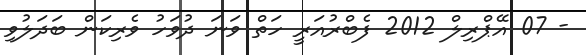
- 07 އޭޕްރިލް 2012 ފެބްރުއަރީ ހަތް ވަނަ ދުވަހު ވެރިކަން ބަދަލުވި